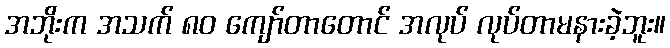
အဘိုးက အသက် ၈၀ ကျော်တာတောင် အလုပ် လုပ်တာမနားခဲ့ဘူး။